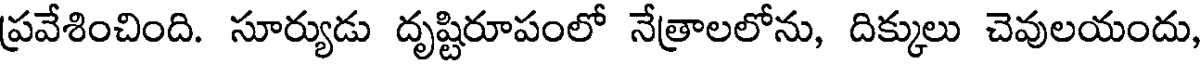
ప్రవేశించింది. సూర్యుడు దృష్టిరూపంలో నేత్రాలలోను, దిక్కులు చెవులయందు,